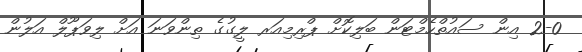
2-0 އިން ސައުތްހެމްޓަން ބަލިކޮށް ޕްރިމިއަރ ލީގުގެ ތިންވަނަ އަށް ލިވަޕޫލް އަލުން